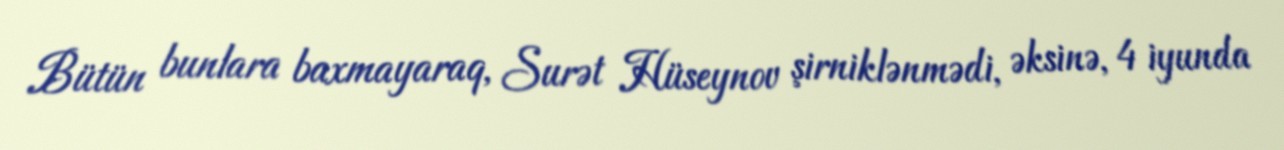
Bütün bunlara baxmayaraq, Surət Hüseynov şirniklənmədi, əksinə, 4 iyunda